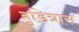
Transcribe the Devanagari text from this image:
हुडित्रास